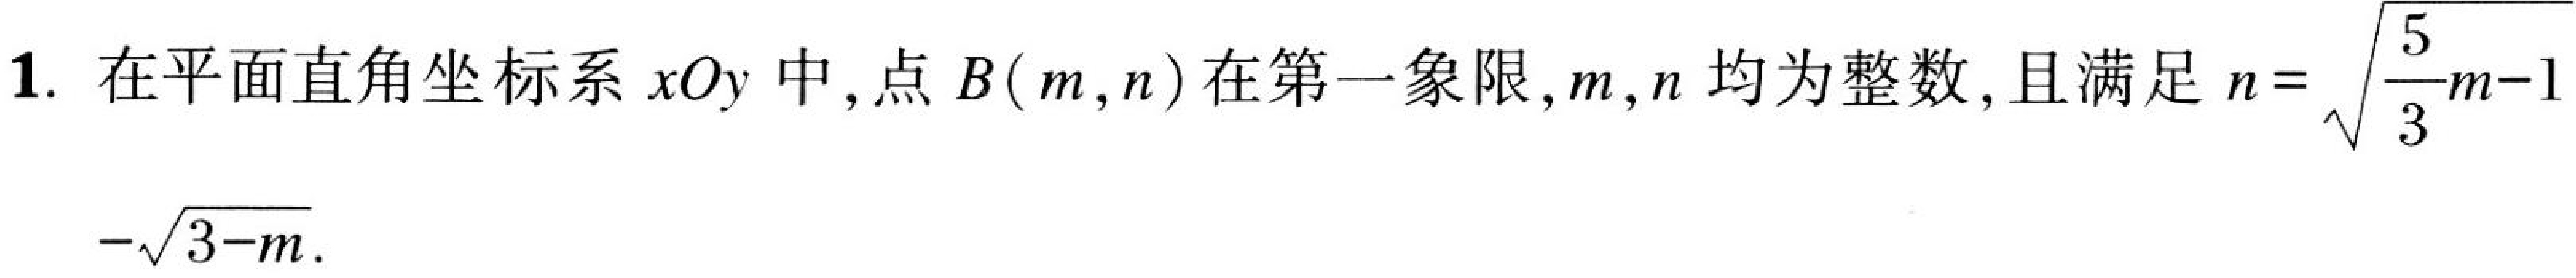
1. 在平面直角坐标系\(xOy\)中,点\(B(m,n)\)在第一象限,\(m,n\)均为整数,且满足\(n = \sqrt{\frac{5}{3}m - 1}-\sqrt{3 - m}\).